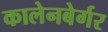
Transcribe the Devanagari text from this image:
कालेनबेर्गर